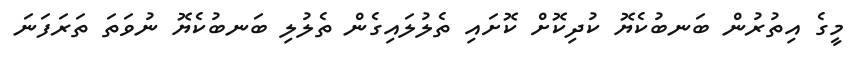
މީގެ އިތުރުން ބަނބުކެޔޮ ކުދިކޮށް ކޮށައި ތެލުލައިގެން ތެލުލި ބަނބުކެޔޮ ނުވަތަ ތަރަފަނަ